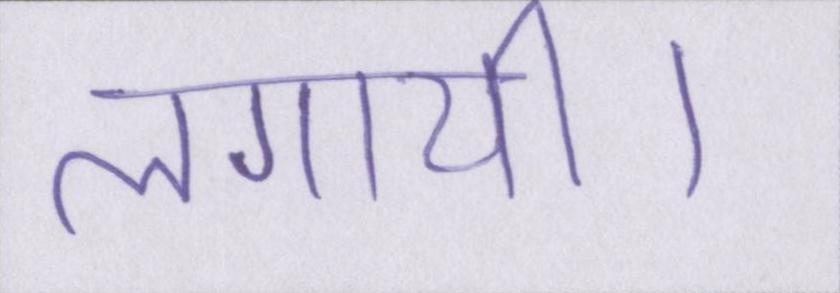
लगायी।